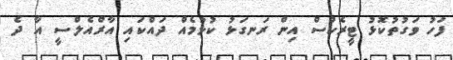
ފަހު ވަގުތުކޮޅު ޓީރެކްސް އިން ރަނގަޅު ކުޅުމެއް ދައްކައި އާރްއެލްސީ އާ ދެ